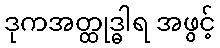
ဒုကအတ္ထုဒ္ဓါရ အဖွင့်